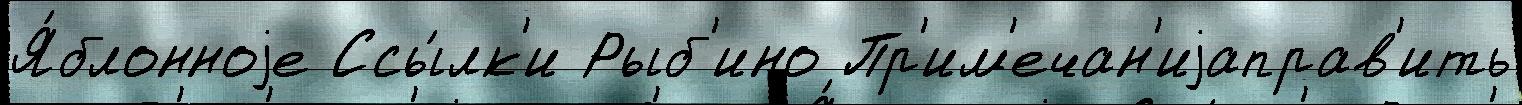
Я́блонноjе Ссы́лк'и Рыб'ино Пр'им'ечан'иjаправ'ить